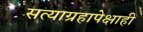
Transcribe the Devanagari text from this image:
सत्याग्रहापेक्षाही